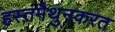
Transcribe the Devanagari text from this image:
हस्तमैथुनकरत